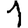
Digit: 1